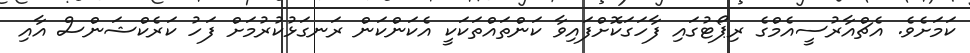
ކަމަށެވެ. އެޗްއާރުސީއެމްގެ ރިޕޯޓުގައި ފާހަގަކޮށްފައިވާ ކަންތައްތަކަކީ އެކަންކަން ރަނގަޅުކުރުމަށް ފަހު ކަރެކްޝަންސް އާއި